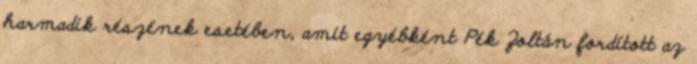
harmadik részének esetében, amit egyébként Pék Zoltán fordított az